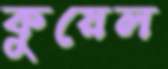
কুয়েল